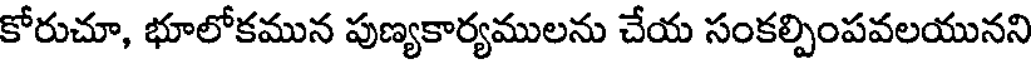
కోరుచూ, భూలోకమున పుణ్యకార్యములను చేయ సంకల్పింపవలయునని